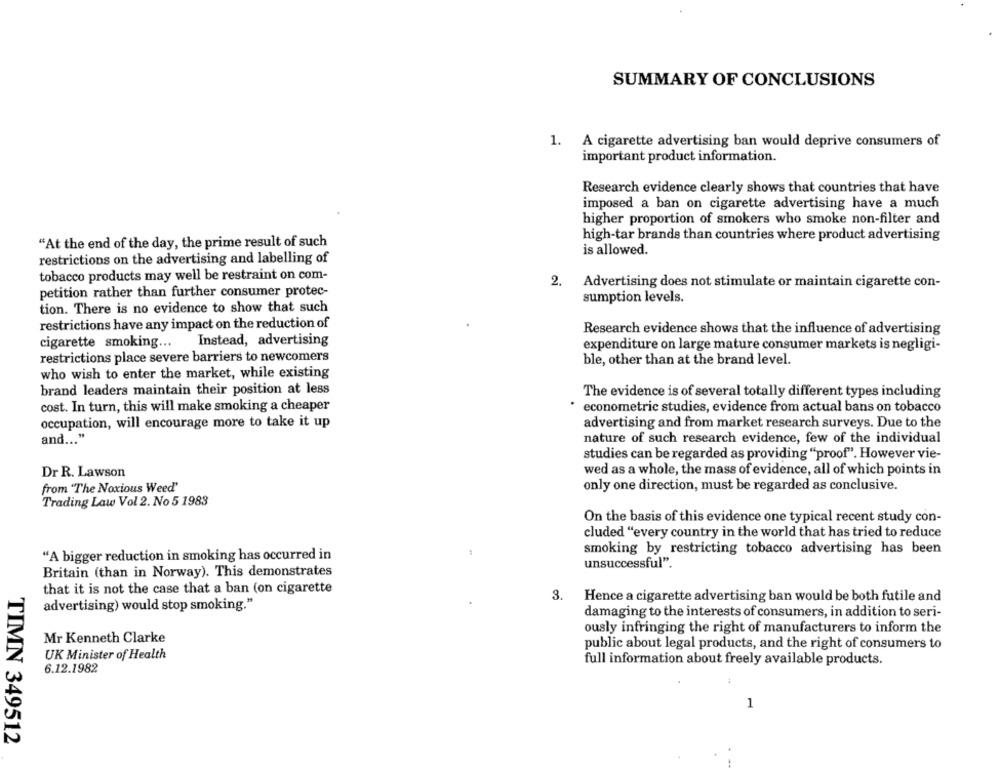
SUMMARY OF CONCLUSIONS
1. A cigarette advertising ban would deprive consumers of
important product information.
Research evidence clearly shows that countries that have
imposed a ban on cigarette advertising have a much
higher proportion of smokers who smoke non-filter and
high-tar brands than countries where product advertising
"At the end of the day, the prime result of such
is allowed.
restrictions on the advertising and labelling of
tobacco products may well be restraint on com-
2. Advertising does not stimulate or maintain cigarette con-
petition rather than further consumer protec-
sumption levels.
tion. There is no evidence to show that such
restrictions have any impact on the reduction of
Research evidence shows that the influence of advertising
cigarette smoking ...
Instead, advertising
expenditure on large mature consumer markets is negligi-
restrictions place severe barriers to newcomers
ble, other than at the brand level.
who wish to enter the market, while existing
brand leaders maintain their position at less
The evidence is of several totally different types including
cost. In turn, this will make smoking a cheaper
econometric studies, evidence from actual bans on tobacco
occupation, will encourage more to take it up
advertising and from market research surveys. Due to the
nature of such research evidence, few of the individual
and ... "
studies can be regarded as providing "proof". However vie-
Dr R. Lawson
wed as a whole, the mass of evidence, all of which points in
from "The Noxious Weed'
only one direction, must be regarded as conclusive.
Trading Law Vol 2. No 5 1983
On the basis of this evidence one typical recent study con-
cluded "every country in the world that has tried to reduce
smoking by restricting tobacco advertising has been
"A bigger reduction in smoking has occurred in
unsuccessful".
Britain (than in Norway). This demonstrates
that it is not the case that a ban (on cigarette
3.
Hence a cigarette advertising ban would be both futile and
advertising) would stop smoking."
damaging to the interests of consumers, in addition to seri-
ously infringing the right of manufacturers to inform the
Mr Kenneth Clarke
public about legal products, and the right of consumers to
UK Minister of Health
6.12.1982
full information about freely available products.
1
TIMN 349512